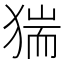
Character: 猯